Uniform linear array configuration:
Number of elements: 16
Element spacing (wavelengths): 0.75
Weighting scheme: exponential
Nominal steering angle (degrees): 15
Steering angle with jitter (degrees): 16.915
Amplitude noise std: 0.05
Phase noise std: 0.05

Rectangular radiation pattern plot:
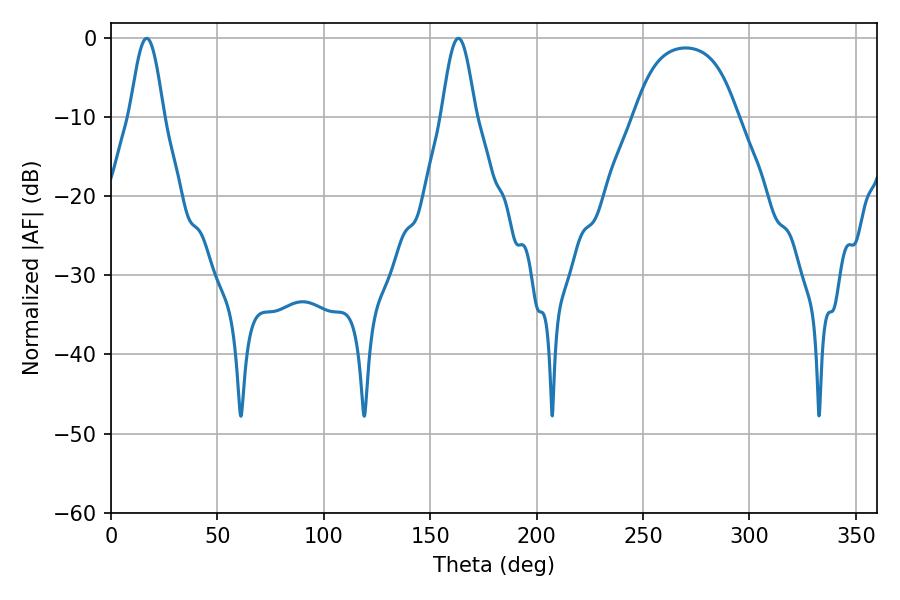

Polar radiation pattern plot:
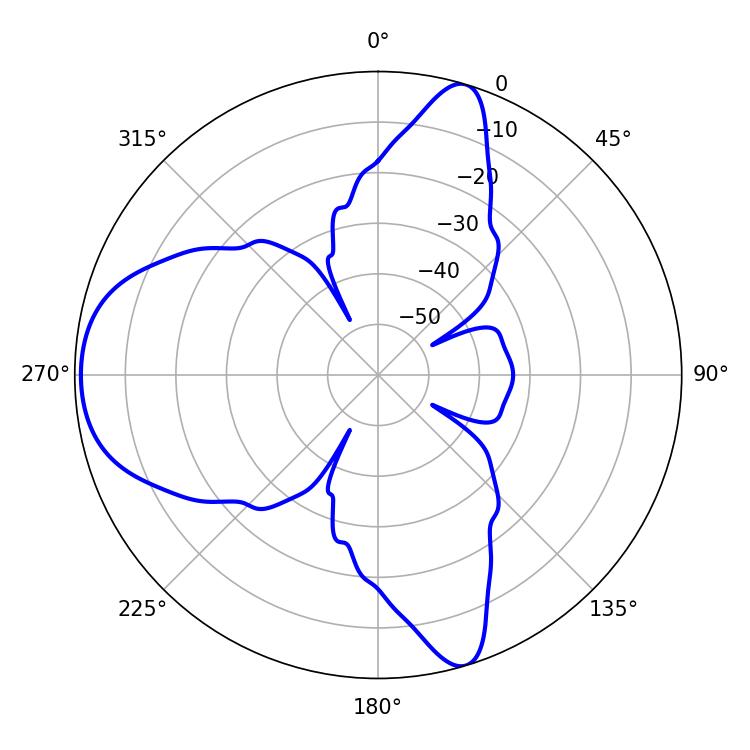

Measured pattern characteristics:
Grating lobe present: TRUE
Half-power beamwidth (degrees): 8.46
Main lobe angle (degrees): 16.74